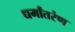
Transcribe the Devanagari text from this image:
धर्मांतरंण